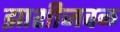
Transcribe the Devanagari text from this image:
झाशीजवळ